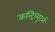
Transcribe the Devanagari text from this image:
कन्ट्रिब्यूटर्स